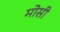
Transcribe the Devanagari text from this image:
मोसी